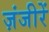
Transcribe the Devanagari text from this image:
ज़ंजीरें